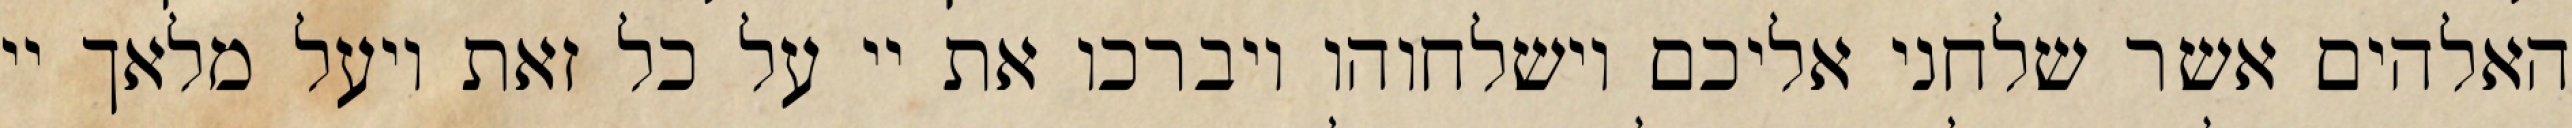
האלהים אשר שלחני אליכם וישלחוהו ויברכו את יי על כל זאת ויעל מלאך יי